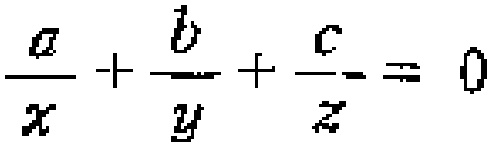
$\frac{a}{x}+\frac{b}{y}+\frac{c}{z}=0$